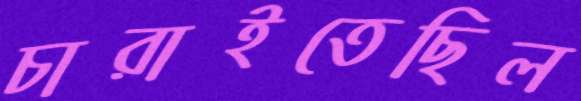
চারাইতেছিল